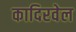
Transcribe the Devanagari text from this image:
कादिरवेल